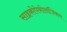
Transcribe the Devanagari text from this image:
साइकोपेथोलॉजिकल